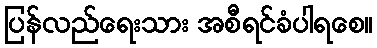
ပြန်လည်ရေးသား အစီရင်ခံပါရစေ။